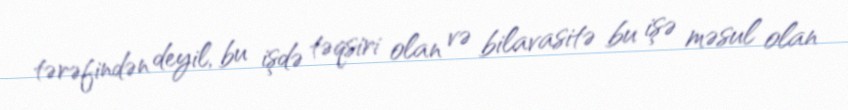
tərəfindən deyil, bu işdə təqsiri olan və bilavasitə bu işə məsul olan